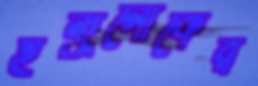
ইন্দ্রলোকের